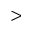
>